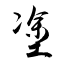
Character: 塗